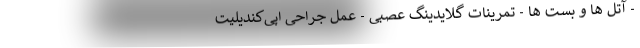
- آتل ها و بست ها - تمرینات گلایدینگ عصبی - عمل جراحی اپی‌کندیلیت